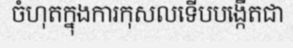
ចំហុតក្នុងការកុសលទើបបង្កើតជា